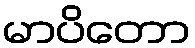
မာပိတော